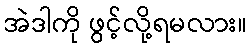
အဲဒါကို ဖွင့်လို့ရမလား။